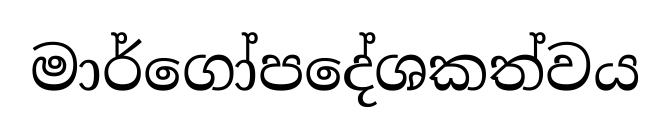
මාර්ගෝපදේශකත්වය